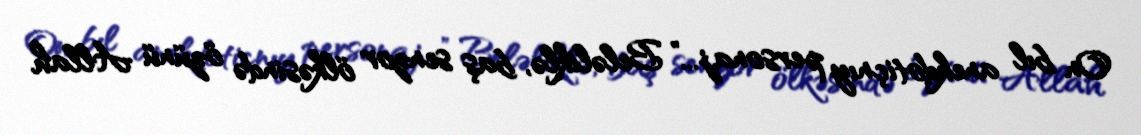
On bıl anekdotiçnıy personaj...” Beləliklə, baş senzor ölkəsində özünü Allah